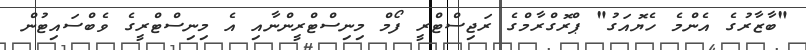
"ބާޒާރުގެ އެންމެ ހެޔޮއަގު" ޕްރޮގްރާމްގެ ރަޖިސްޓްރީ ފޯމް މިނިސްޓްރީންނާއި އެ މިނިސްޓްރީގެ ވެބްސައިޓުން